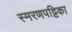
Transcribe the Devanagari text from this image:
स्मरणपट्टिका